Annual report on the health of the army in India
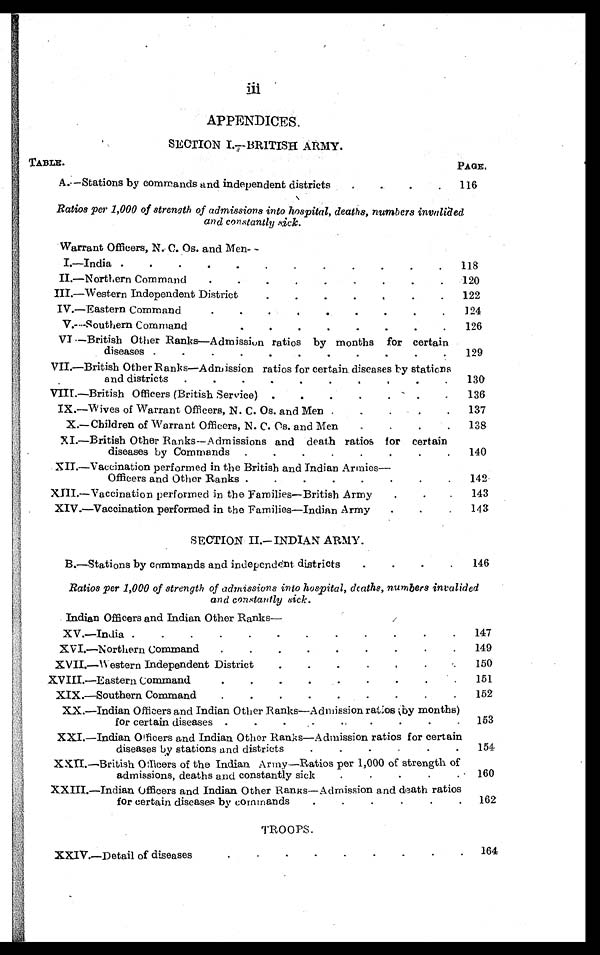
APPENDICES
SECTION I—BRITISH ARMY
TABLE.
PAGE.
A.—Stations by commands and independent districts . . .
116
Ratios per 1,000 of strength of admissions into hospital, deaths, numbers invalided
and constantly sick.
Warrant Officers, N. C. Os. and Men—
I.—India . . .
.
118
II.—Northern Command . . .
120
III.—Western Independent District . . .
122
IV.—Eastern Command . . .
124
V.—Southern Command . . .
126
VI.—British Other Ranks—Admission ratios by months for certain
diseases
.
.
.
129
VII.—British Other Ranks—Admission ratios for certain diseases by stations
and districts . . .
130
VIII.—British Officers (British Service) . . .
136
IX.—Wives of Warrant Officers, N. C. Os. and Men . . .
137
X.—Children of Warrant Officers, N. C. Os. and Men . . .
138
XI.—British Other Ranks—Admissions and death ratios for certain
diseases by Commands . . .
140
XII.—Vaccination performed in the British and Indian Armies
Officers and Other Ranks . . .
142
XII—Vaccination performed in the Families—British Army . . .
143
XIV.—Vaccination performed in the Families—Indian Army . . .
143
SECTION II.— INDIAN ARMY.
B.—Stations by commands and independent districts . . .
146
Ratios per 1,000 of strength of admissions into hospital, deaths, numbers invalided
and constantly sick.
Indian Officers and Indian Other Ranks
—
XV.—India . . .
147
XVI.—Northern Command . . .
149
XVII—Western Independent District . . .
150
X V I I I . — E a s t e r n C o m m a n d . . .
151
XIX.—Southern Command . . .
152
XX.—Indian Officers and Indian Other Ranks—Admission ratios (by months)
for certain diseases . . .
153
XXI.—Indian Officers and Indian Other Ranks—Admission ratios for certain
diseases by stations and districts . . .
154
XXII.—British Officers of the Indian Army—Ratios per 1,000 of strength of
admissions, deaths and constantly sick . . .
160
XXIII.—Indian Officers and Indian Other Ranks—Admission and death ratios
for certain diseases by cormmands . . .
162
TROOPS.
X X I V . — D e t a i l o f d i s e a s e s . . .
164